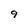
Character: 9